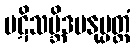
ပဋိသမ္ဘိဒမနုပ္ပတ္တံ